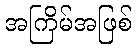
အကြိမ်အဖြစ်